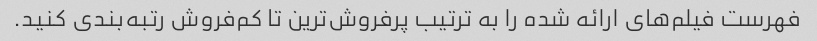
فهرست فیلم‌های ارائه شده را به ترتیب پرفروش‌ترین تا کم‌فروش رتبه‌بندی کنید.